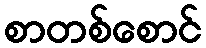
စာတစ်စောင်